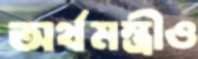
অর্থমন্ত্রীও